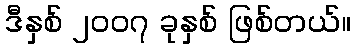
ဒီနှစ် ၂၀၀၇ ခုနှစ် ဖြစ်တယ်။